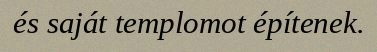
és saját templomot építenek.